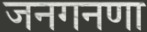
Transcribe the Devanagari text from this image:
जनगनणा